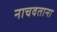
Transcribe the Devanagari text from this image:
नाचवताना